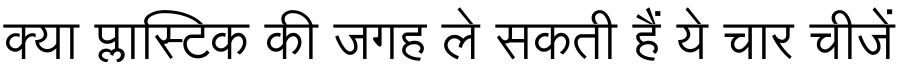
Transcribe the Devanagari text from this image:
क्या प्लास्टिक की जगह ले सकती हैं ये चार चीजें